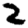
Digit: 2